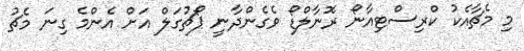
މި މެޗާއެކު ކްރިސްޓިއާނޯ ރޮނާލްޑޯ ވެގެންދާނީ ޕޯޗުގަލް އަށް އެންމެ ގިނަ މެޗު